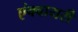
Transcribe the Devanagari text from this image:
एंक्वायरी